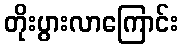
တိုးပွားလာကြောင်း